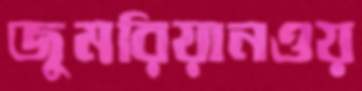
জুমরিয়ানওয়